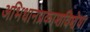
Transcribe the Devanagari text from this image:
अभिधानप्रकाशविशेषा